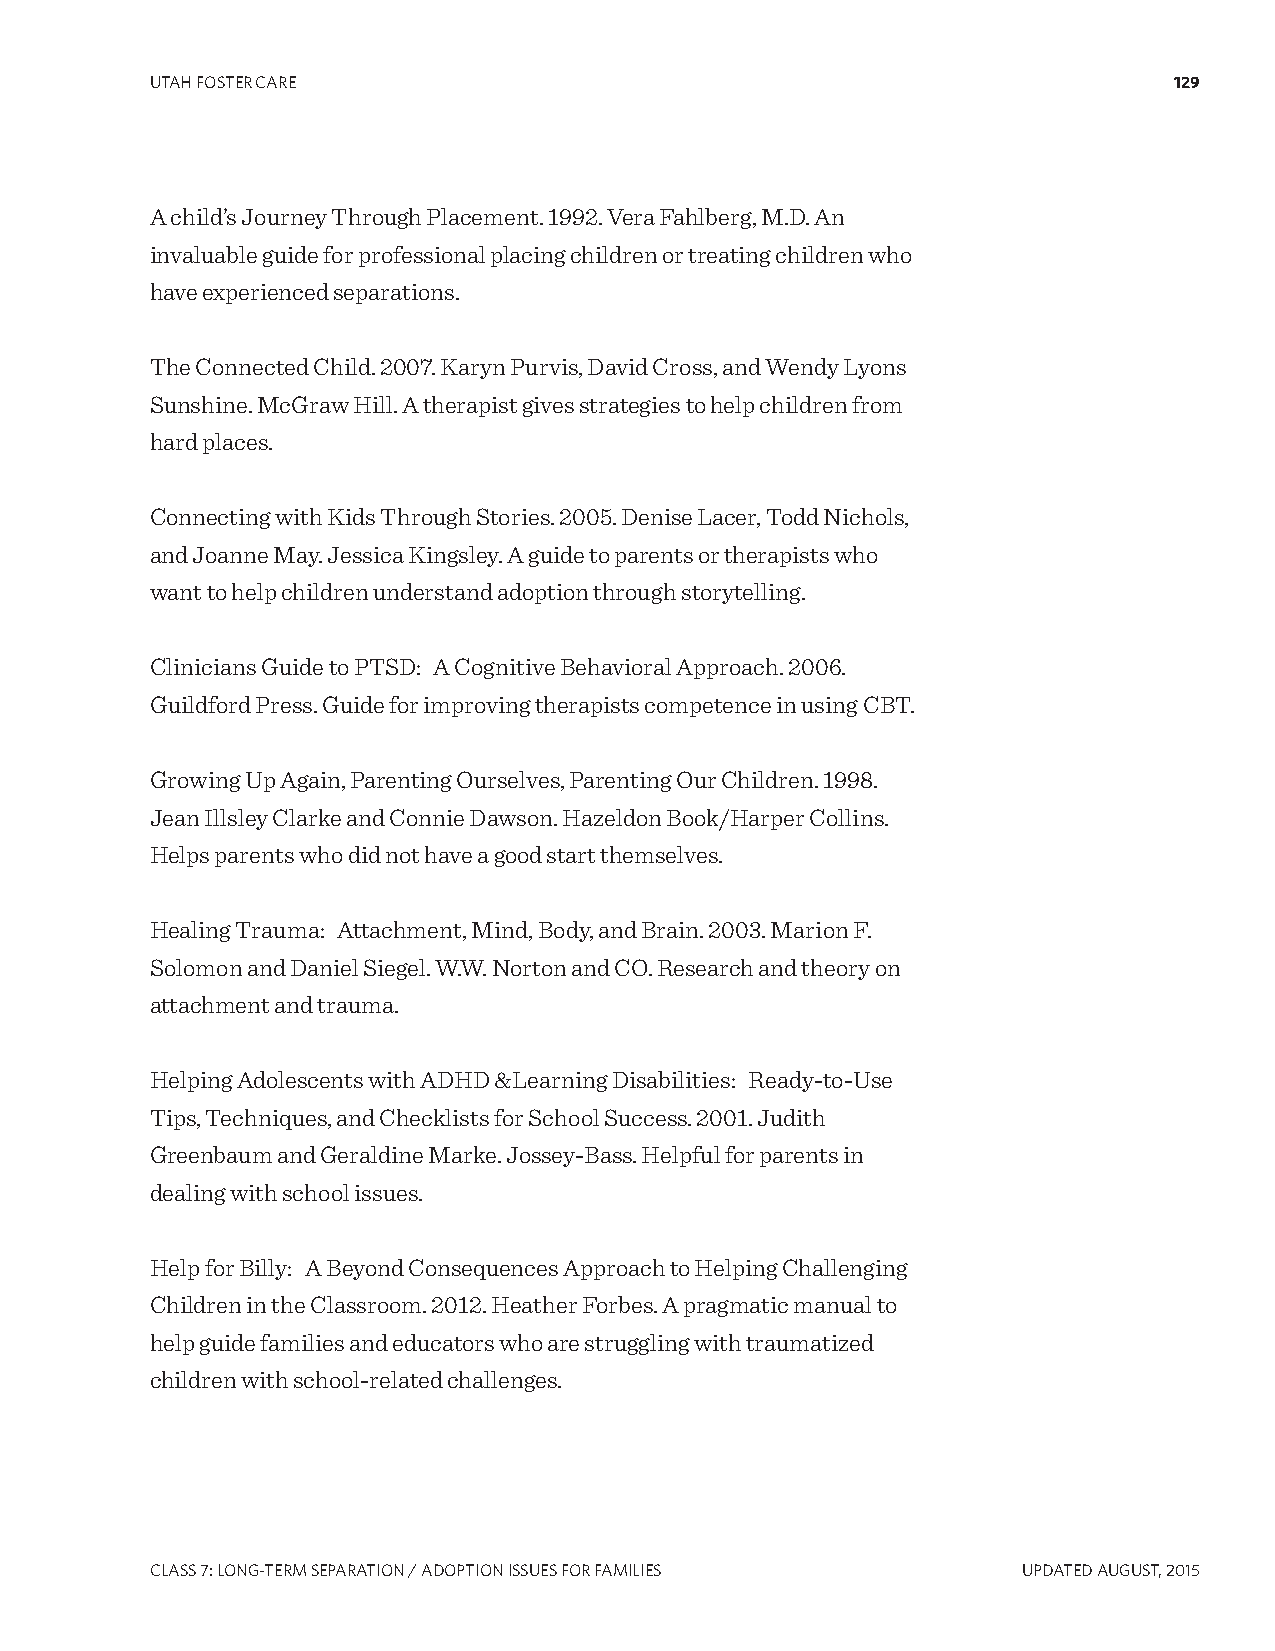
UTAH FOSTER CARE                                                    129
 A child’s Journey Through Placement. 1992. Vera Fahlberg, M.D. An
 invaluable guide for professional placing children or treating children who
 have experienced separations.
 The Connected Child. 2007. Karyn Purvis, David Cross, and Wendy Lyons
 Sunshine. McGraw Hill. A therapist gives strategies to help children from
 hard places.
 Connecting with Kids Through Stories. 2005. Denise Lacer, Todd Nichols,
 and Joanne May. Jessica Kingsley. A guide to parents or therapists who
 want to help children understand adoption through storytelling.
 Clinicians Guide to PTSD: A Cognitive Behavioral Approach. 2006.
 Guildford Press. Guide for improving therapists competence in using CBT.
 Growing Up Again, Parenting Ourselves, Parenting Our Children. 1998.
 Jean Illsley Clarke and Connie Dawson. Hazeldon Book/Harper Collins.
 Helps parents who did not have a good start themselves.
 Healing Trauma: Attachment, Mind, Body, and Brain. 2003. Marion F.
 Solomon and Daniel Siegel. W.W. Norton and CO. Research and theory on
 attachment and trauma.
 Helping Adolescents with ADHD &Learning Disabilities: Ready-to-Use
 Tips, Techniques, and Checklists for School Success. 2001. Judith
 Greenbaum and Geraldine Marke. Jossey-Bass. Helpful for parents in
 dealing with school issues.
 Help for Billy: A Beyond Consequences Approach to Helping Challenging
 Children in the Classroom. 2012. Heather Forbes. A pragmatic manual to
 help guide families and educators who are struggling with traumatized
 children with school-related challenges.
 CLASS 7: LONg-TERM SEPARATION / ADOPTION ISSUES FOR FAMILIES UPDATED AUgUST, 2015